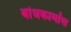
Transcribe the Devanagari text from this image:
बांधकामांस